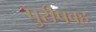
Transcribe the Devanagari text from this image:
पुरीषवह